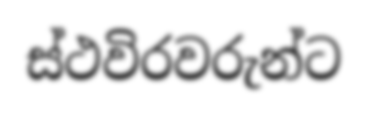
ස්ථවිරවරුන්ට